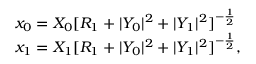
\begin{array} { l c r } { { x _ { 0 } = X _ { 0 } [ R _ { 1 } + | Y _ { 0 } | ^ { 2 } + | Y _ { 1 } | ^ { 2 } ] ^ { - { \frac { 1 } { 2 } } } } } \\ { { x _ { 1 } = X _ { 1 } [ R _ { 1 } + | Y _ { 0 } | ^ { 2 } + | Y _ { 1 } | ^ { 2 } ] ^ { - { \frac { 1 } { 2 } } } , } } \end{array}